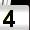
Digit: 4